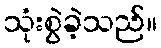
သုံးစွဲခဲ့သည်။